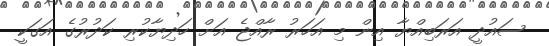
ސައުދީ އަރަބިއްޔާ އިން މި އަހަރު ރާއްޖެ އަށް ހަދިޔާކުރި ކަދުރުގެ އަގަކީ